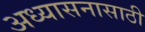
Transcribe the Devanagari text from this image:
अध्यासनासाठी